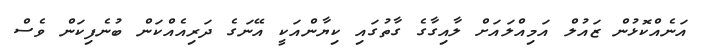
އަނެއްކޮޅުން ޒައުލް އަމިއްލައަށް ލާއިގާގެ ގާތުގައި ކިޔާންއަކީ އޭނަގެ ދަރިއެއްކަން ބުނެފިކަން ވެސް